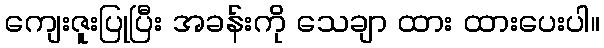
ကျေးဇူးပြုပြီး အခန်းကို သေချာ ထား ထားပေးပါ။